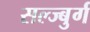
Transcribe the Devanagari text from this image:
सल्ज्बुर्ग